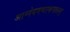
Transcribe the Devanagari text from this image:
आग्नेयमष्टाकपालम्